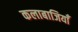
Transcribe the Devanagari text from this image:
कलाबाजियाँ